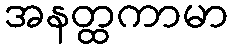
အနတ္ထကာမာ